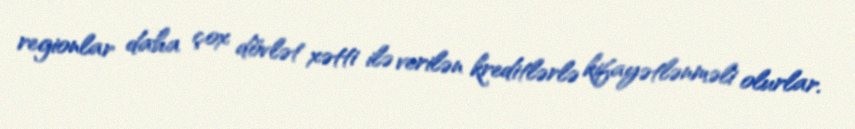
regionlar daha çox dövlət xətti ilə verilən kreditlərlə kifayətlənməli olurlar.